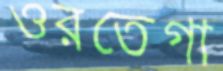
ওরতেগা